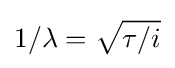
{1/\lambda }={\sqrt {\tau /i}}